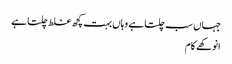
جہاں سب چلتا ہے وہاں بہت کچھ غلط چلتا ہے
انوکھے کام